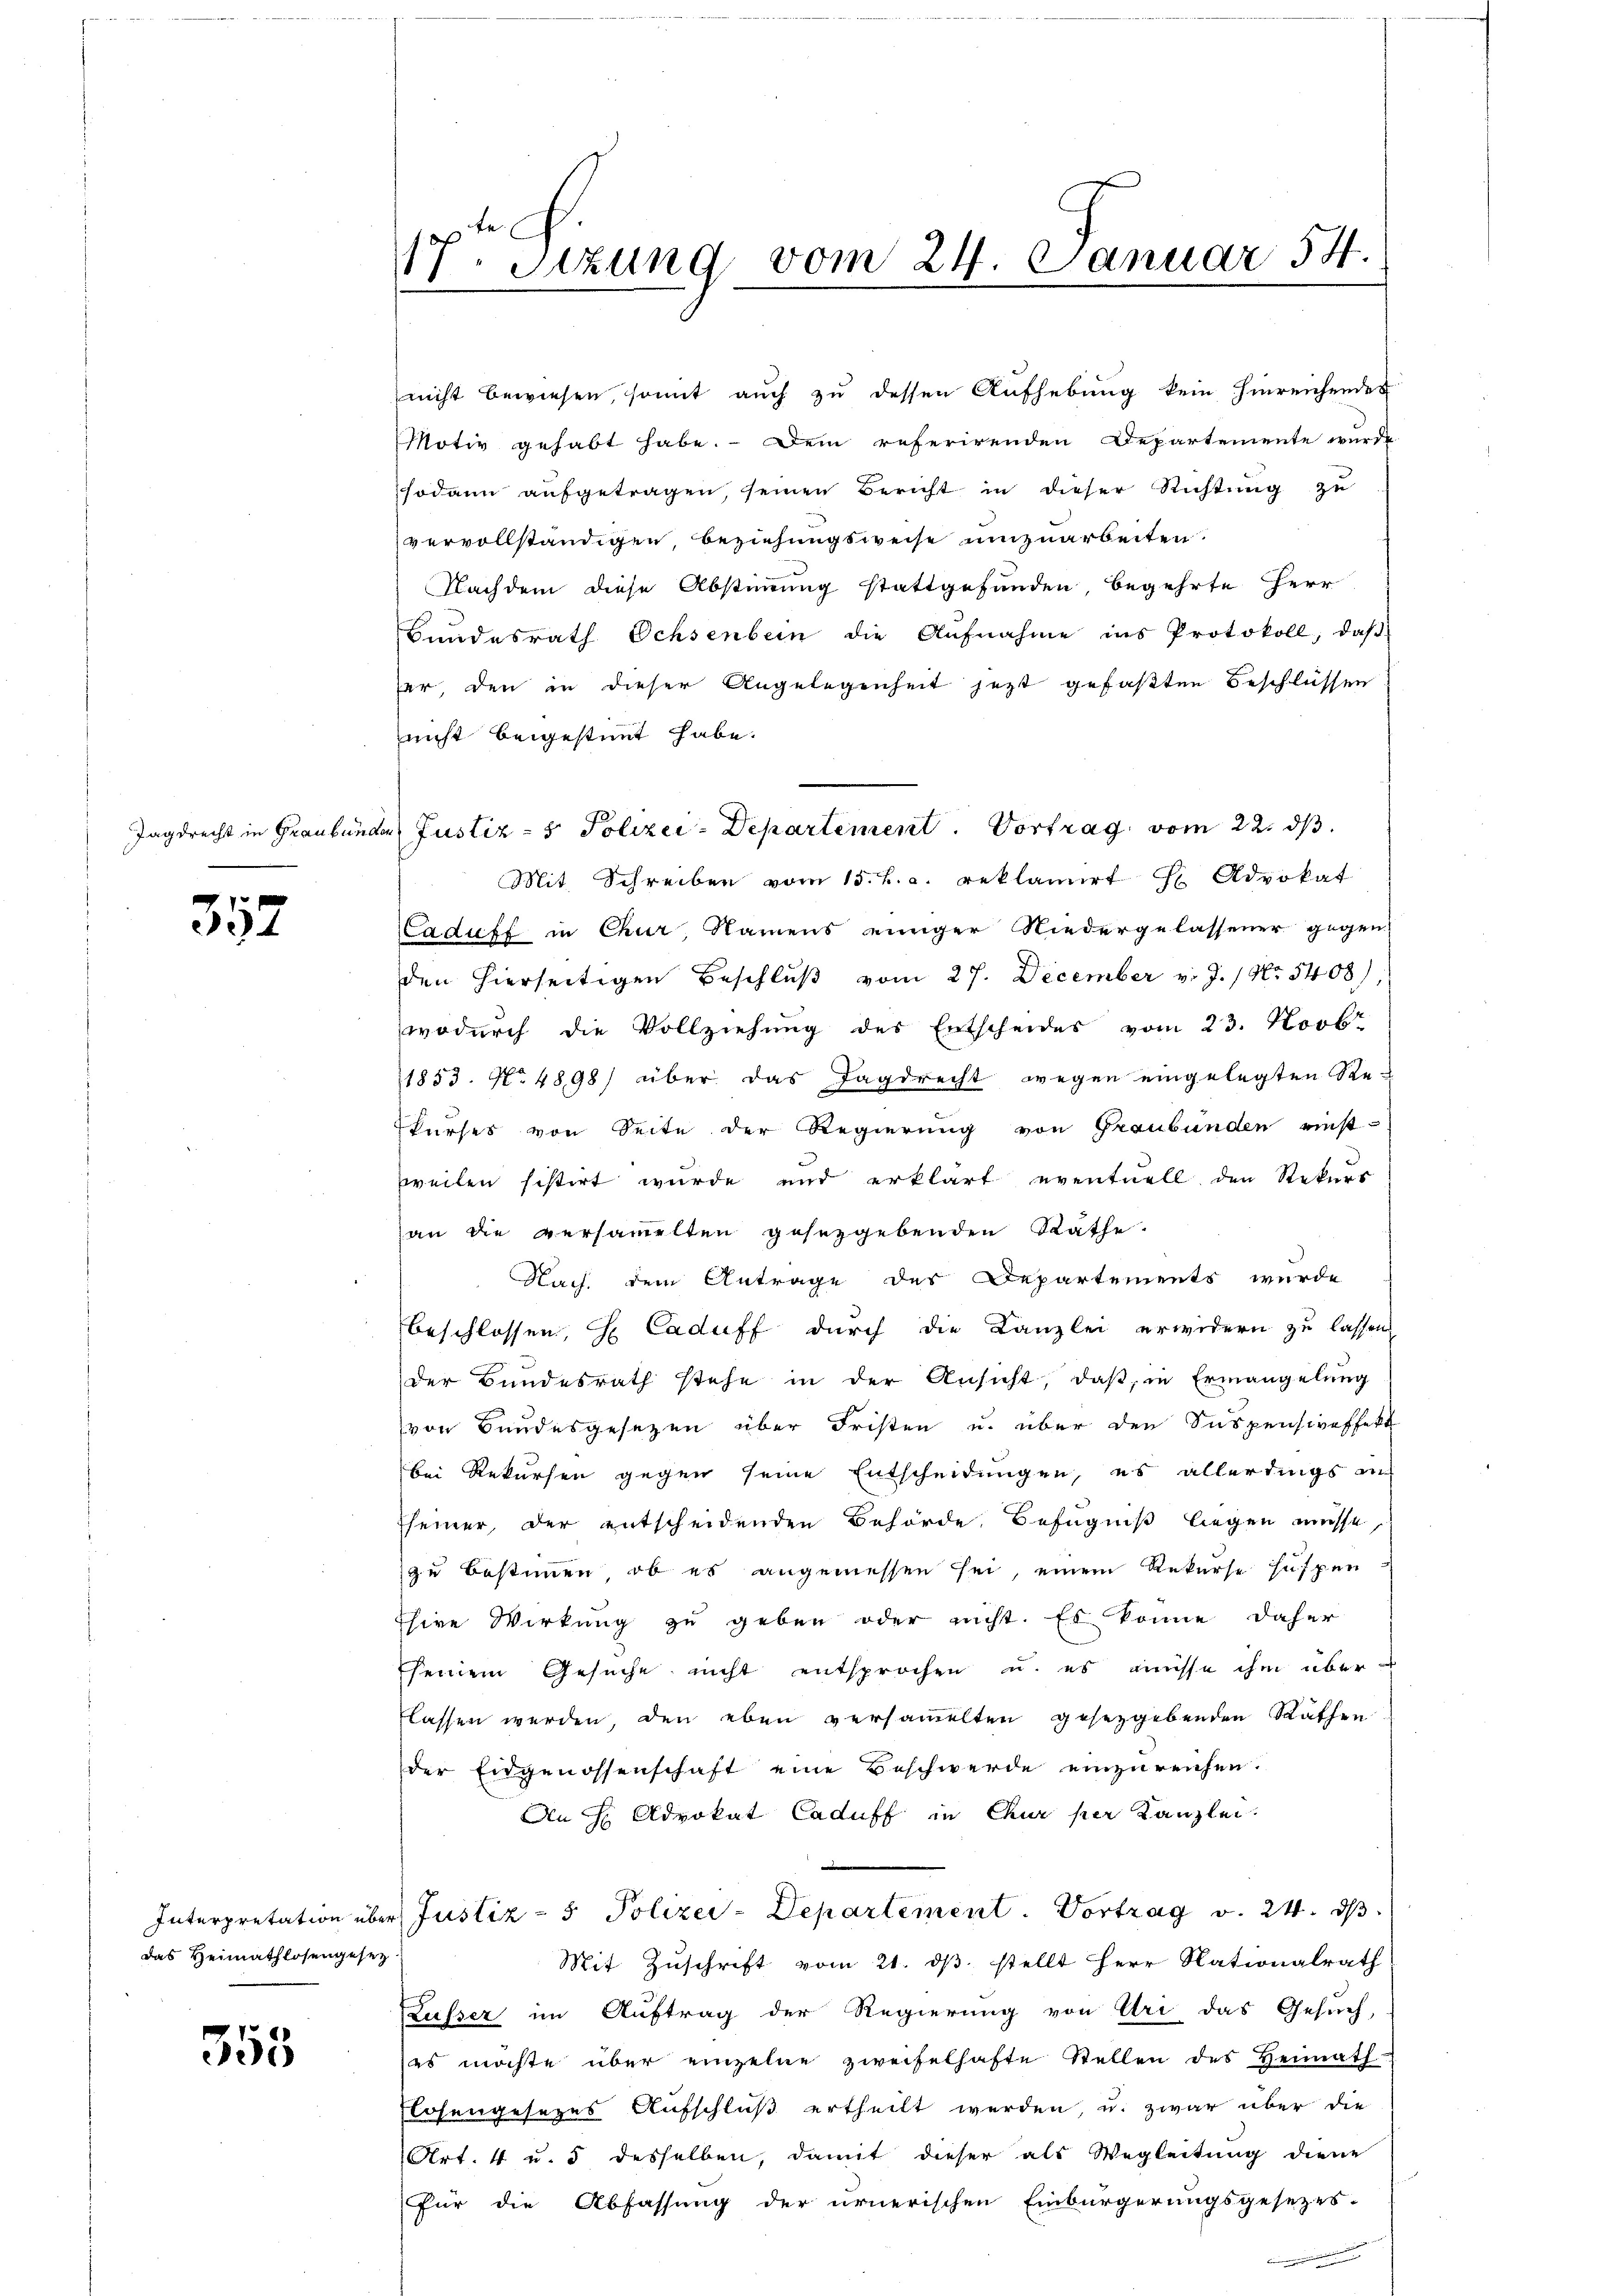
357

das Heimathlosengesez

355

17. Sizung vom 24. Januar 54.

nicht bewiesen, somit auch zu dessen Aufhebung kein hinreichendes
Motiv gehabt habe. – Dem referirenden Departemente wurde
sodann aufgetragen, seinen Bericht in dieser Richtung zu
vervollständigen, beziehungsweise umzuarbeiten.
Nachdem diese Abstimmung stattgefunden, begehrte Herr
Bundesrath Ochsenbein die Aŭfnahme ins Protokoll, daβ
sr, den in dieser Angelegenheit jetzt gefaßten Beschlüssen
nicht beigestimmt habe.
Mit Schreiben vom 15. h. a. Beklamirt H. Advokat
Caduff in Chur, Namens einiger Niedergelassener gegen
den hierseitigen Beschlŭβ vom 27. December v. J. / No 5408)
wodurch die Vollziehung des Entscheides vom 23. Novbr
1853. No. 4898) über das Jagdrecht wegen eingelegten Re-
Furses von Seite der Regierung von Graubünden einst-
weilen sistirt wurde und erklärt eventuell den Rekurs
an die versammelten gesetzgebenden Räthe.
Nach dem Antrage des Departements wurde
beschlossen, H. Caduff durch die Kanzlei erwidern zu lassen
der Bundesrath stehe in der Ansicht, daβ in Ermangelung
von Bundesgesezen über Fristen u. über den Suspensiveffekt
bei Rekursen gegen seine Entscheidungen, es allerdings an
seiner, der entscheidenden Behörde, Befugniß liegen müsse,
zu bestimmen, ob es angemessen sei, einem Rekurse suspen
Esire Wirkung zu geben oder nicht. Es könne daher
seinem Gesuche nicht entsprochen u. es müsse ihm überlassen werden, den eben versammelten gesetzgebenden Räthen
der Eidgenossenschaft eine Beschwerde einzureichen.
An H Advokat Caduff in Chur per Kanzlei.
Interpretation über Justiz - 5 Polizei-Departement. Vortrag v. 24. ds.
Mit Zŭschrift vom 21. dβ stellt Herr Rationalrath
Lusser im Auftrag der Regierung von Uri das Gesuch,
es möchte über einzelne zweifelhafte Stellen des Heimath-
Flosengesezes Aufschluß ertheilt werden, u. zwar über die
Art. 4 u. 5 desselben, damit dieser als Wegleitung diene
Für die Abfassung der urnerischen Einbürgerungsgesezes-

Jagdrecht in Graubünder Justiz- & Polizei-Departement. Vortrag vom 22. ds.